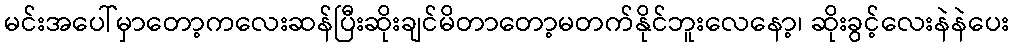
မင်းအပေါ်မှာတော့ကလေးဆန်ပြီးဆိုးချင်မိတာတော့မတက်နိုင်ဘူးလေနော့၊ ဆိုးခွင့်လေးနဲနဲပေး